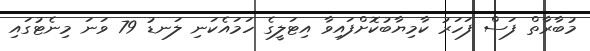
މުބާރާތް ފަސް ފަހަރު ކާމިޔާބުކޮށްފައިވާ އިޓަލީގެ ހަމައެކަނި ލަނޑު 79 ވަނަ މިނެޓުގައި